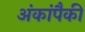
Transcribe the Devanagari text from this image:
अंकांपैकी